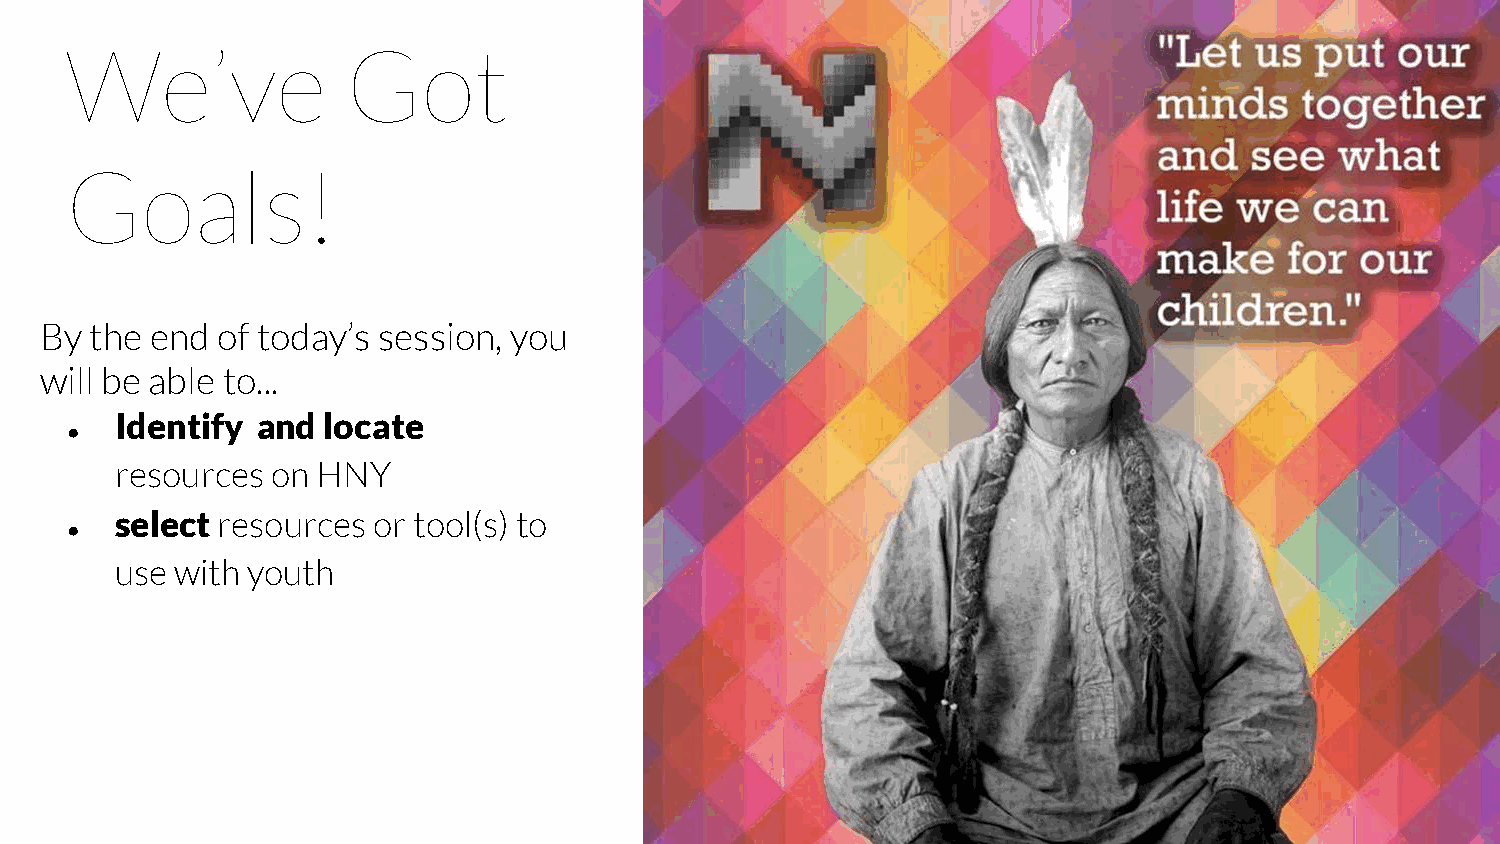
We’ve              Got
 Goals!
 By the end of today’s session, you
 will be able to...
 Identify and locate
 ●
 resources on HNY
 select resources or tool(s) to
 ●
 use with youth
 7